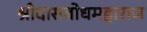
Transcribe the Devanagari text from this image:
श्रीदासबोधमहाराज